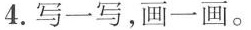
4.写一写，画一画。